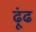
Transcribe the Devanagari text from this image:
ढ़ूंढ